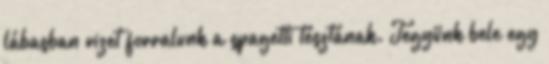
lábasban vizet forralunk a spagetti tésztának. Tegyünk bele egy